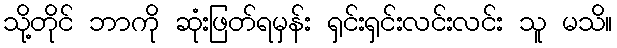
သို့တိုင် ဘာကို ဆုံးဖြတ်ရမှန်း ရှင်းရှင်းလင်းလင်း သူ မသိ။